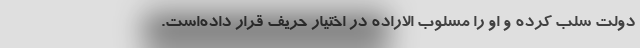
دولت سلب کرده و او را مسلوب الاراده در اختیار حریف قرار داده‌است.